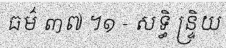
ធម៌ ៣៧ ។១ - សទ្ធិ ន្ទ្រិយ